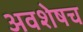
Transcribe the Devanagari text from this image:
अवशेषच